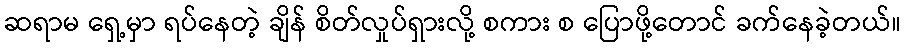
ဆရာမ ရှေ့မှာ ရပ်နေတဲ့ ချိန် စိတ်လှုပ်ရှားလို့ စကား စ ပြောဖို့တောင် ခက်နေခဲ့တယ်။